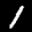
Digit: 1